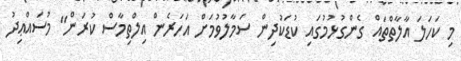
މި ކަހަލަ އާލާތްތައް ގެންގުޅުމުގައި ކުޑަކުދިން ސަމާލުވުމަށް އަހަރެން އިލްތިމާސް ކުރަން" މުސައްޢިދު